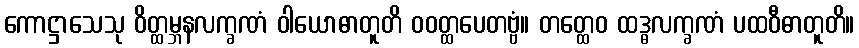
ကောဋ္ဌာသေသု ဝိတ္ထမ္ဘနလက္ခဏံ ဝါယောဓာတူတိ ဝဝတ္ထပေတဗ္ဗံ။ တတ္ထေဝ ထဒ္ဓလက္ခဏံ ပထဝီဓာတူတိ။